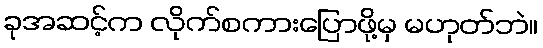
ခုအဆင့်က လိုက်စကားပြောဖို့မှ မဟုတ်ဘဲ။